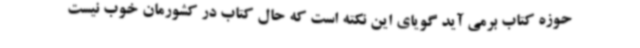
حوزه کتاب برمی آید گویای این نکته است که حال کتاب در کشورمان خوب نیست